Punjab Mental Hospital Lahore 1932-46 - 1932-1946
Year: 1932
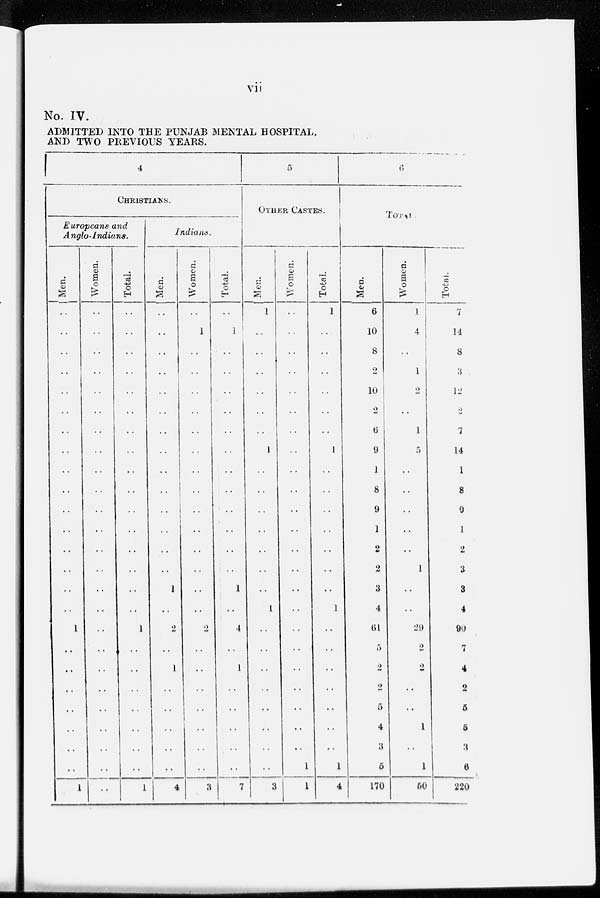
vii
No. IV.
ADMITTED INTO THE PUNJAB MENTAL HOSPITAL,
AND TWO PREVIOUS YEARS.
4
CHRISTIANS.
Europeans and
Anglo-Indians.
Men.
..
..
..
..
..
..
..
..
..
..
..
..
..
..
..
..
1
..
..
..
..
..
..
..
1
Women.
..
..
..
..
..
..
..
..
..
..
..
..
..
..
..
..
..
..
..
..
..
..
..
..
..
Total.
..
..
..
..
..
..
..
..
..
..
..
..
..
..
..
..
1
..
..
..
..
..
..
..
1
Indians.
Men.
..
..
..
..
..
..
..
..
..
..
..
..
..
..
1
..
2
..
1
..
..
..
..
..
4
Women.
..
1
..
..
..
..
..
..
..
..
..
..
..
..
..
..
2
..
..
..
.. ..
..
..
3
Total.
..
1
..
..
..
..
..
..
..
..
..
..
..
..
1
..
4
..
1
..
..
..
..
..
7
5
OTHER CASTES.
Men.
1
..
..
..
..
..
..
1
..
..
..
..
..
..
..
1
..
..
..
..
..
..
..
..
3
Women.
..
..
..
..
..
..
..
..
..
..
..
..
..
..
..
..
..
..
..
..
..
..
..
1
1
Total.
1
..
..
..
..
..
..
1
..
..
..
..
..
..
..
1
..
..
..
..
..
..
..
1
4
6
TOTAL.
Men.
6
10
8
2
10
2
6
9
1
8
9
1
2
2
3
4
61
5
2
2
5
4
3
5
170
Women.
1
4
..
1
2
..
1
5
..
..
..
..
..
1
..
..
29
2
2
..
..
1
..
1
50
Total.
7
14
8
3
12
2
7
14
1
8
9
1
2
3
3
4
90
7
4
2
5
5
3
6
220